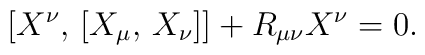
[X^\nu,\,[X_\mu,\,X_\nu]] + R_{\mu\nu}X^\nu=0.